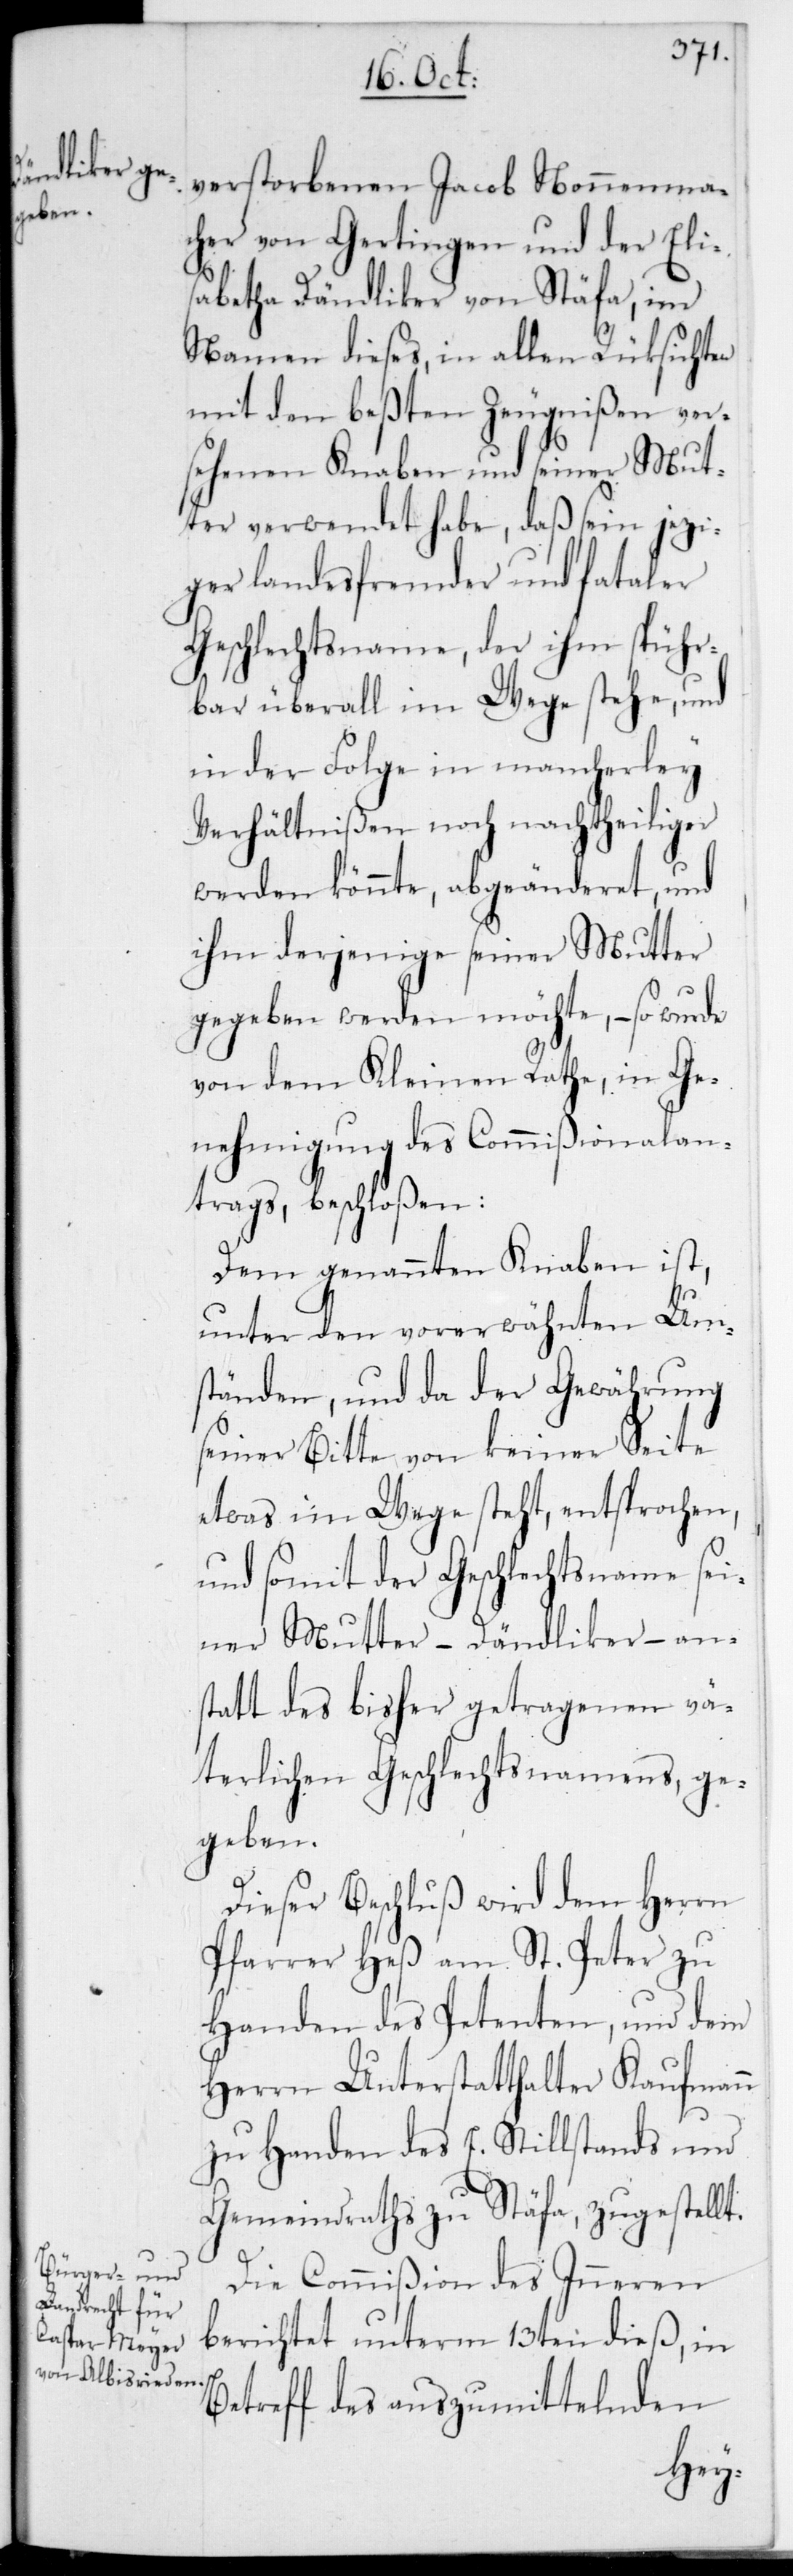
verstorbenen Jacob Nonnenma¬
cher von Gertingen und der Elis¬
abetha Dändliker von Stäfa, im
Namen dieses, in allen Rücksichten
mit den beßten Zeugnißen ver¬
sehenen Knaben und seiner Mut¬
ter verwendet habe, daß sein jezi¬
ger landesfremder und fataler
Geschlechtsname, der ihm spühr¬
bar überall im Wege stehe, und
in der Folge in mancherley
Verhältnißen noch nachtheiliger
werden könnte, abgeänderet, und
ihm derjenige seiner Mutter
gegeben werden möchte, – so wurde
von dem Kleinen Rathe, in Ge¬
nehmigung des Commißionalan¬
trags beschloßen:
Dem genannten Knaben ist,
unter den vorerwähnten Um¬
ständen, und da der Gewährung
seiner Bitte von keiner Seite
etwas im Wege steht, entsprochen,
und somit der Geschlechtsname sei¬
ner Mutter – Dändliker – an¬
statt des bisher getragenen vä¬
terlichen Geschlechtsnamens ge¬
geben.
Dieser Beschluß wird dem Herrn
Pfarrer Heß am St. Peter zu
Handen des Petenten, und dem
Herrn Unterstatthalter Kaufmann
zu Handen des E. Stillstands und
Gemeindraths zu Stäfa, zugestellt.
Die Commißion des Inneren
berichtet unterm 13ten dieß, in
Betreff des auszumittelnden